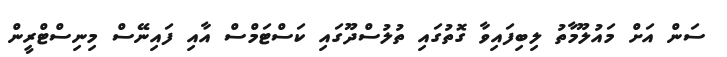
ސަން އަށް މައުލޫމާތު ލިބިފައިވާ ގޮތުގައި ތުލުސްދޫގައި ކަސްޓަމްސް އާއި ފައިނޭސް މިނިސްޓްރީން